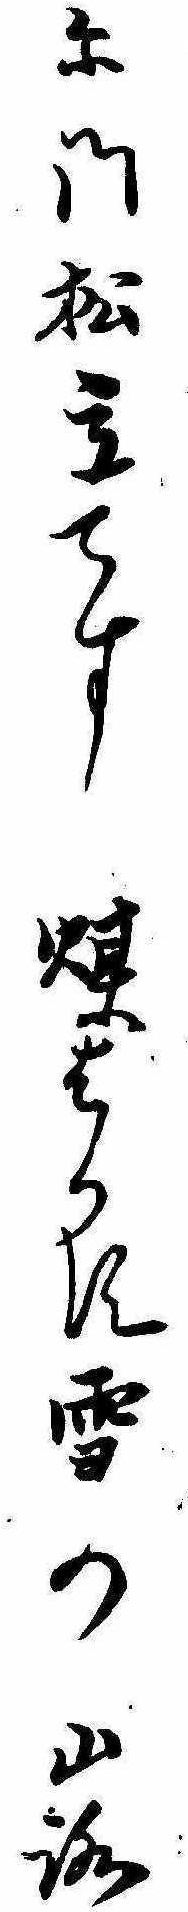
に門松立てす煤はかす雪の山路